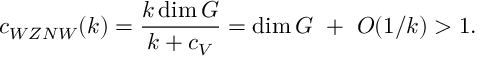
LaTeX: c _ { W Z N W } ( k ) = { \frac { k \dim G } { k + c _ { V } } } = \dim G ~ + ~ { \cal O } ( 1 / k ) > 1 .